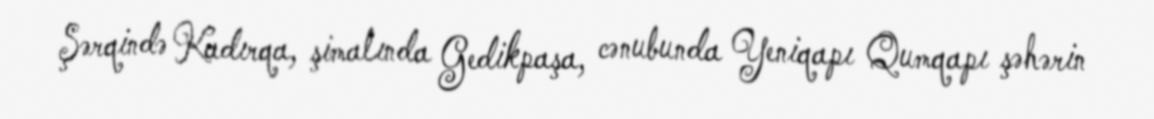
Şərqində Kadırqa, şimalında Gedikpaşa, cənubunda Yeniqapı Qumqapı şəhərin